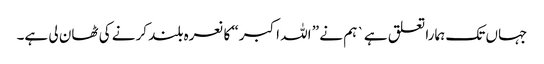
جہاں تک ہمارا تعلق ہے` ہم نے ” اللہ اکبر“ کا نعرہ بلند کرنے کی ٹھان لی ہے۔